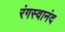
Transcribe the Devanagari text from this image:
रंगस्वानंद